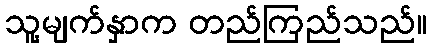
သူ့မျက်နှာက တည်ကြည်သည်။